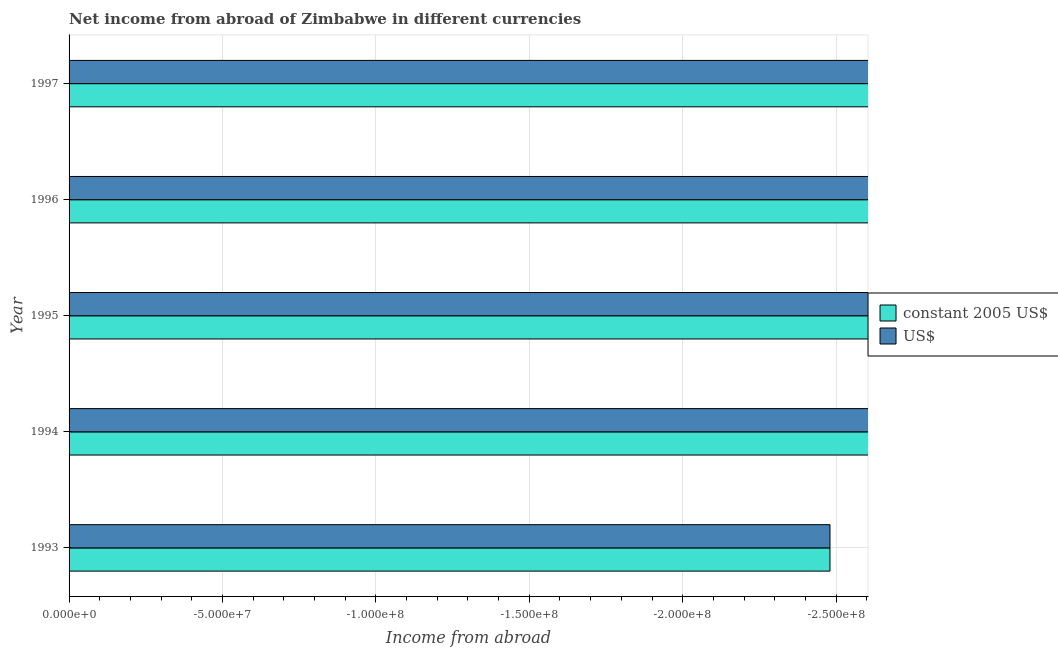
| Year | constant 2005 US$ | US$ |
 | --- | --- | --- |
 | 1993 | -2.48e+08 | -2.48e+08 |
 | 1994 | -2.96e+08 | -2.96e+08 |
 | 1995 | -3.26e+08 | -3.26e+08 |
 | 1996 | -3.19e+08 | -3.19e+08 |
 | 1997 | -4.05e+08 | -4.05e+08 |